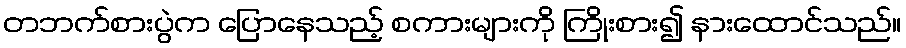
တဘက်စားပွဲက ပြောနေသည့် စကားများကို ကြိုးစား၍ နားထောင်သည်။